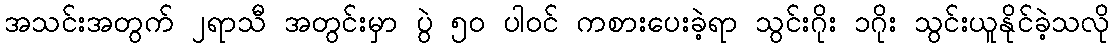
အသင်းအတွက် ၂ရာသီ အတွင်းမှာ ပွဲ ၅၀ ပါဝင် ကစားပေးခဲ့ရာ သွင်းဂိုး ၁ဂိုး သွင်းယူနိုင်ခဲ့သလို